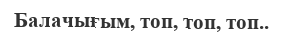
Балачығым, топ, топ, топ..